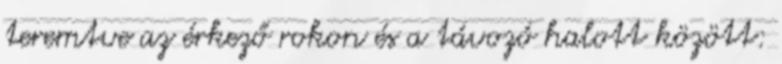
teremtve az érkező rokon és a távozó halott között: